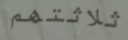
ثلاثتهم